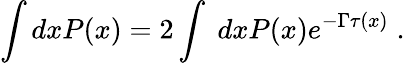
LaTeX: \int dxP(x)=2\int\; dxP(x)e^{-\Gamma\tau(x)}\; .